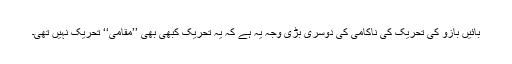
بائیں بازو کی تحریک کی ناکامی کی دوسری بڑی وجہ یہ ہے کہ یہ تحریک کبھی بھی ’’مقامی‘‘ تحریک نہیں تھی۔